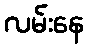
လမ်းနေ